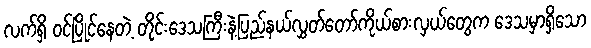
လက်ရှိ ဝင်ပြိုင်နေတဲ့ တိုင်းဒေသကြီးနဲ့ပြည်နယ်လွှတ်တော်ကိုယ်စားလှယ်တွေက ဒေသမှာရှိသော